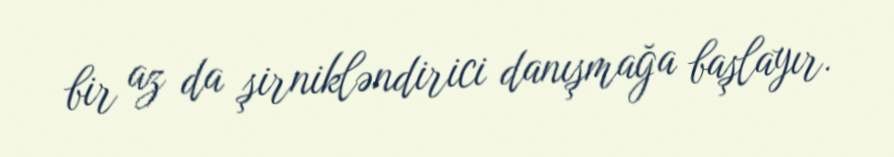
bir az da şirnikləndirici danışmağa başlayır.